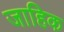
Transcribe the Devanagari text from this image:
जाहिक